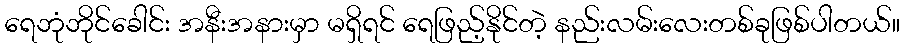
ရေဘုံဘိုင်ခေါင်း အနီးအနားမှာ မရှိရင် ရေဖြည့်နိုင်တဲ့ နည်းလမ်းလေးတစ်ခုဖြစ်ပါတယ်။